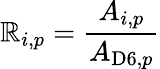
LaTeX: \mathbb{R}_{i,p}=\frac{{A_{i,p}}}{{A_{\mathrm{{D6}},{p}}}}